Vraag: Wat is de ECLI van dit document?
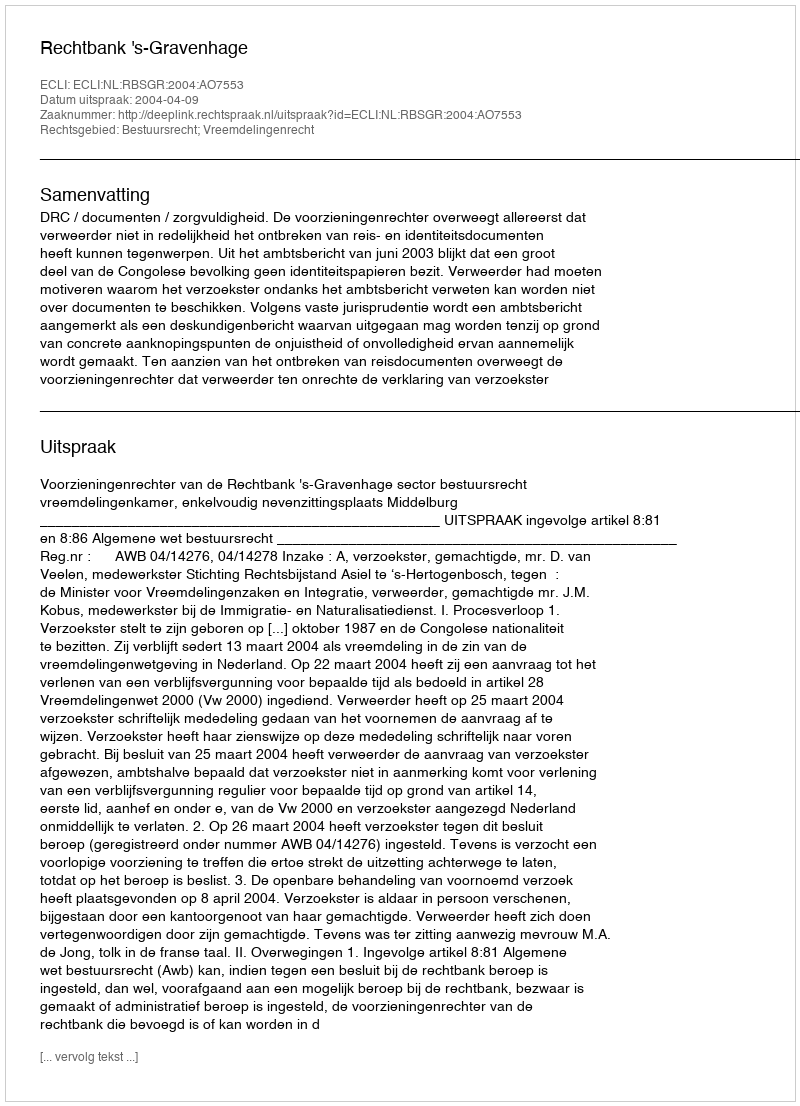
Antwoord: ECLI:NL:RBSGR:2004:AO7553